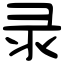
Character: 录